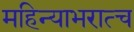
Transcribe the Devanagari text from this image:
महिन्याभरात्च